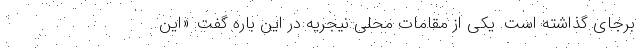
برجای گذاشته است. یکی از مقامات محلی نیجریه در این باره گفت: «این